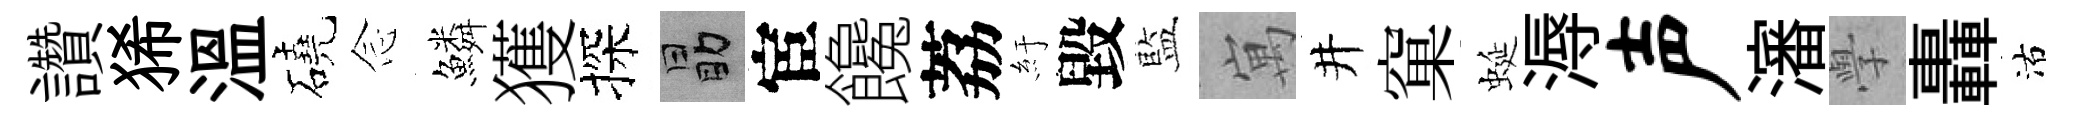
讚狶溫磽𫝹鱗獲探勗宦饞荔紆毀藍寓井窠蜒溽声瀋𭓕轟沽